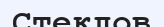
Стеклов